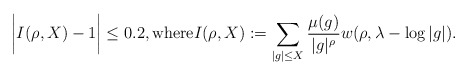
\begin{align*}\bigg| I(\rho,X) -1 \bigg| \le 0.2, \textrm{where}I(\rho,X):=\sum_{|g|\le X} \frac{\mu(g)}{|g|^{\rho}} w(\rho, \lambda-\log|g|).\end{align*}